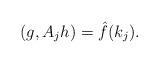
LaTeX: \begin{align*}(g, A_jh)= \hat f(k_j).\end{align*}